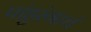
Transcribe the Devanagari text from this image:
पांडुरंगाचं